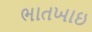
ભાતખાઇ